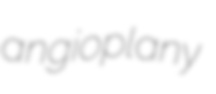
angioplany